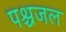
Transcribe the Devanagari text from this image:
पश्चजल